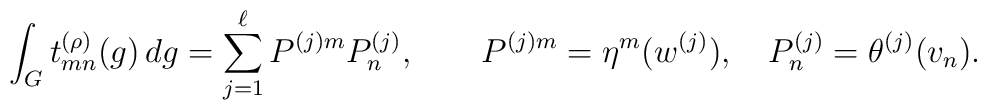
\int_G t_{mn}^{(\rho)}(g)\,dg     = \sum_{j=1}^\ell P^{(j)m}P^{(j)}_n,\qquad  P^{(j)m}=\eta^m(w^{(j)}),\quad  P^{(j)}_n=\theta^{(j)}(v_n).